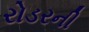
રોડરની